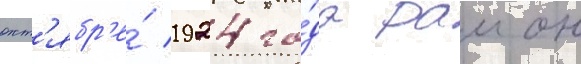
окт'ябр'е́ 1924 го́да раион